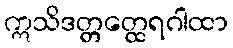
ဣသိဒတ္တတ္ထေရဂါထာ